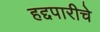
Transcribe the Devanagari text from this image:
हद्दपारीचे